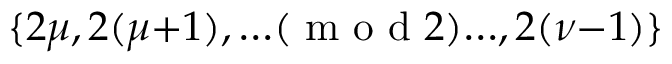
\{ 2 \mu , 2 ( \mu { + } 1 ) , { \ldots } ( \textrm { m o d } 2 ) { \ldots } , 2 ( \nu { - } 1 ) \}